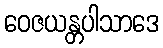
ဝေဇယန္တပါသာဒေ